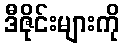
ဒီဇိုင်းများကို